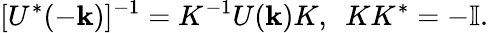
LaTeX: [U^{*}(-{\mathbf k})]^{-1}=K^{-1}U({\mathbf k})K,~~KK^{*}=-\mathbb{I}.